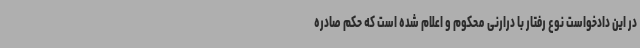
در این دادخواست نوع رفتار با درارنی محکوم و اعلام شده است که حکم صادره